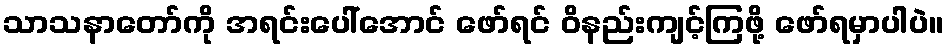
သာသနာတော်ကို အရင်းပေါ်အောင် ဖော်ရင် ဝိနည်းကျင့်ကြဖို့ ဖော်ရမှာပါပဲ။